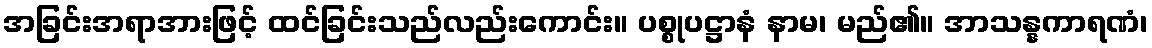
အခြင်းအရာအားဖြင့် ထင်ခြင်းသည်လည်းကောင်း။ ပစ္စုပဋ္ဌာနံ နာမ၊ မည်၏။ အာသန္နကာရဏံ၊